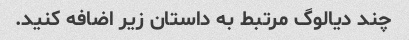
چند دیالوگ مرتبط به داستان زیر اضافه کنید.